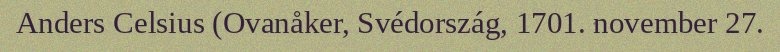
Anders Celsius (Ovanåker, Svédország, 1701. november 27.